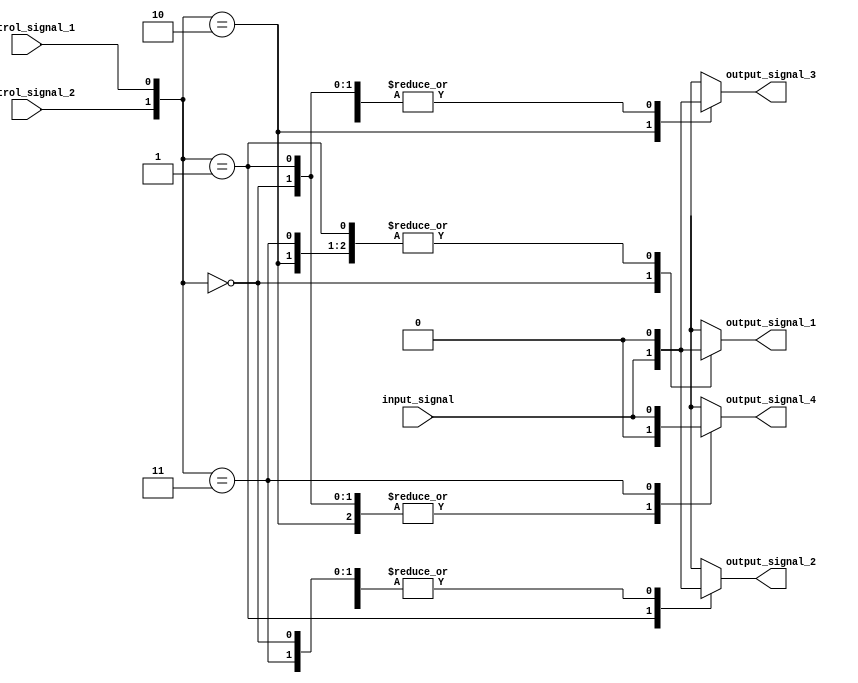
module demux_1to4 (
    input wire input_signal,
    input wire control_signal_1,
    input wire control_signal_2,
    output reg output_signal_1,
    output reg output_signal_2,
    output reg output_signal_3,
    output reg output_signal_4
);

always @(*) begin
    case ({control_signal_2, control_signal_1})
        2'b00: begin
            output_signal_1 = input_signal;
            output_signal_2 = 1'b0;
            output_signal_3 = 1'b0;
            output_signal_4 = 1'b0;
        end
        2'b01: begin
            output_signal_1 = 1'b0;
            output_signal_2 = input_signal;
            output_signal_3 = 1'b0;
            output_signal_4 = 1'b0;
        end
        2'b10: begin
            output_signal_1 = 1'b0;
            output_signal_2 = 1'b0;
            output_signal_3 = input_signal;
            output_signal_4 = 1'b0;
        end
        2'b11: begin
            output_signal_1 = 1'b0;
            output_signal_2 = 1'b0;
            output_signal_3 = 1'b0;
            output_signal_4 = input_signal;
        end
    endcase
end

endmodule